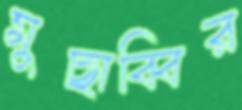
মুছাব্বির